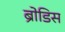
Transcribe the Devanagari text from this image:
ब्रोडिस